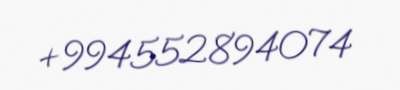
+994552894074